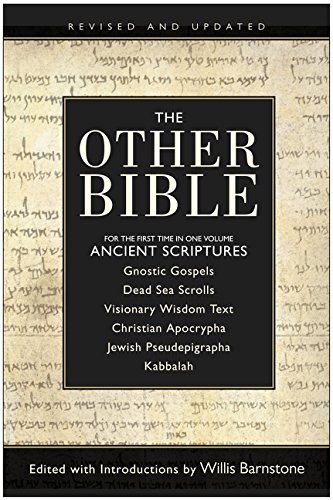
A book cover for The Other Bible; Willis Barnstone; Christian Books & Bibles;